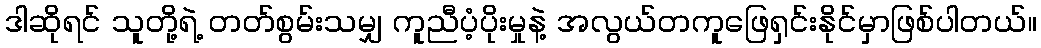
ဒါဆိုရင် သူတို့ရဲ့ တတ်စွမ်းသမျှ ကူညီပံ့ပိုးမှုနဲ့ အလွယ်တကူဖြေရှင်းနိုင်မှာဖြစ်ပါတယ်။